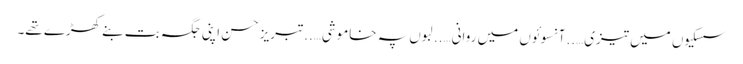
سسکیوں میں تیزی…..آنسوئوں میں روانی…..لبوں پہ خاموشی…..تبریز حسن اپنی جگہ بت بنے کھڑے تھے۔